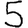
Digit: 5